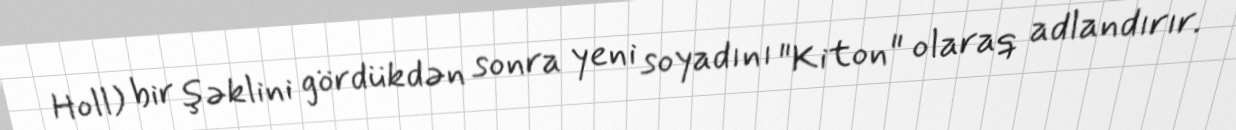
Holl) bir şəklini gördükdən sonra yeni soyadını "Kiton" olaraq adlandırır.